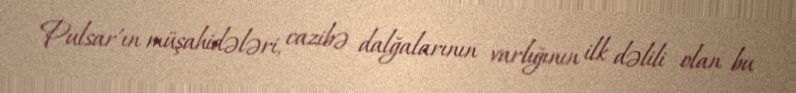
Pulsar'ın müşahidələri, cazibə dalğalarının varlığının ilk dəlili olan bu